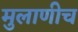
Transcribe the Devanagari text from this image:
मुलाणीच